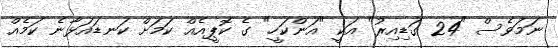
ނަމަވެސް "24 ގަޑިއިރު" އަކީ "އަންކަހީ" ގެ ކޮޕީއެއް ކަމަށް ކަނޑައަޅާނެ ކަމެއް